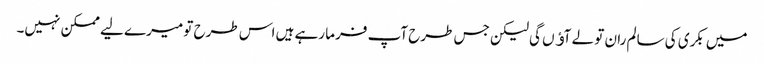
میں بکری کی سالم ران تو لے آﺅں گی لیکن جس طرح آپ فرما رہے ہیں اس طرح تو میرے لیے ممکن نہیں۔